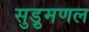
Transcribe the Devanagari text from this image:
सुड़ुमणल